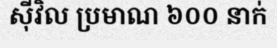
ស៊ីវិល ប្រមាណ ៦០០ នាក់